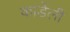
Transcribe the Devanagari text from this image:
कार्डेली